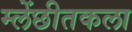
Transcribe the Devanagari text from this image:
म्लेंछीतकला